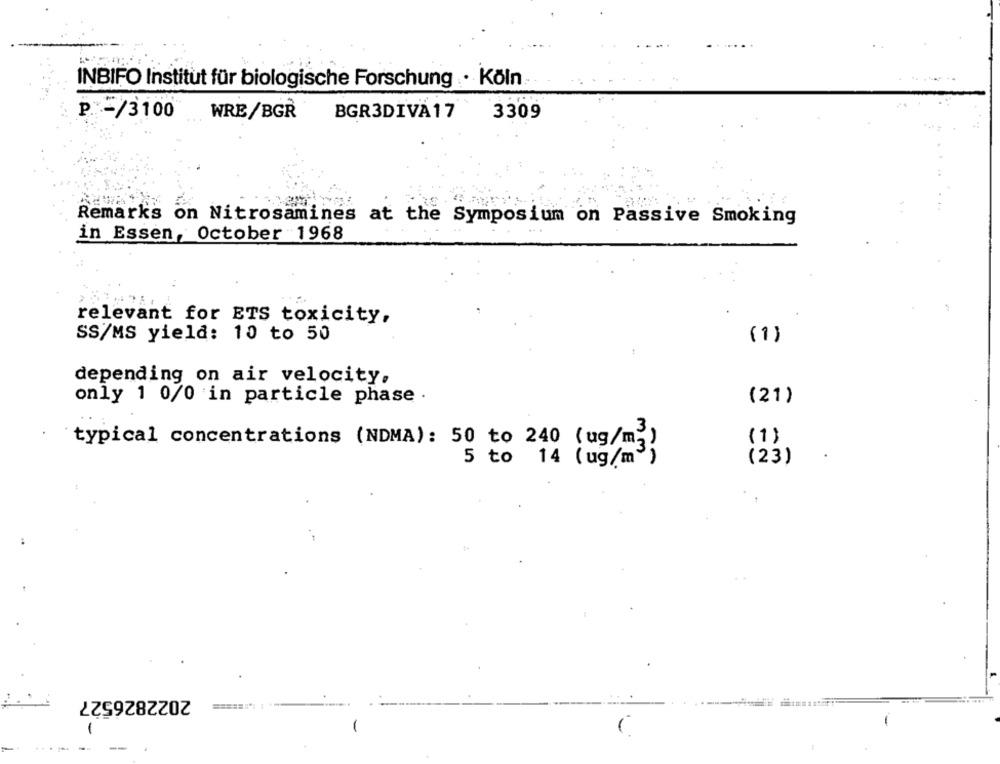
INBIFO Institut für biologische Forschung . · Köln
p-/3100
WRE/BGR
BGR3DIVA17
3309
Remarks on Nitrosamines at the Symposium on Passive Smoking
in Essen, October 1968
relevant for ETS toxicity,
SS/MS yield: 10 to 50
(1)
depending on air velocity.
only 1 0/0 in particle phase .
(21)
typical concentrations (NDMA): 50 to 240 (ug/m2
(1)
.
5 to 14 ( ug/m")
(23)
2022826527
1